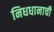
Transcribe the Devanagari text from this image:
निधधानाची